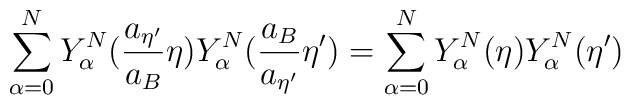
\sum_{\alpha=0}^{N}Y_{\alpha}^N(\frac{a_{{\eta}'}}{a_B}{\eta})Y_{\alpha}^N(\frac{a_B}{a_{{\eta}'}}{\eta}') = \sum_{\alpha=0}^{N}Y_{\alpha}^N({\eta})Y_{\alpha}^N({\eta}')